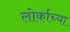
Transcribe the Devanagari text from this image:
लोर्काच्या